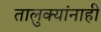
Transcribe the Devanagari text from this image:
तालुक्यांनाही